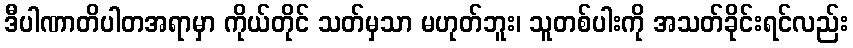
ဒီပါဏာတိပါတအရာမှာ ကိုယ်တိုင် သတ်မှသာ မဟုတ်ဘူး၊ သူတစ်ပါးကို အသတ်ခိုင်းရင်လည်း